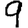
Digit: 9